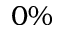
0 \%